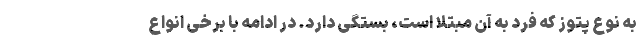
به نوع پتوز که فرد به آن مبتلا است، بستگی دارد. در ادامه با برخی انواع